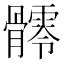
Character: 𩪥